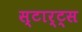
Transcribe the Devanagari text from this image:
स्टार्ट्स